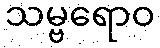
သမ္ဗရောဝ